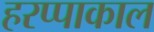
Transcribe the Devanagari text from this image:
हरप्पाकाल